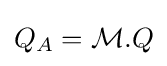
Q_{A}={\mathcal {M}}.Q